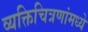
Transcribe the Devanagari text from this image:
व्यक्तिचित्रणांमध्ये